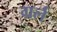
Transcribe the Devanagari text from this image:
ग्रर्ल